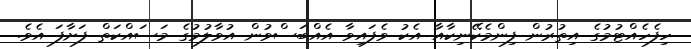
ހިފެހެއްޓުމުގެ އިތުރުން ފިންމެކޭނިކާއާ އެކު ވެފައިވާ އެއްބަސްވުން އުވާލުމުގެ މަސައްކަތް ފަށާފަ އެވެ.